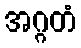
အဂ္ဂတံ